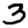
Digit: 3